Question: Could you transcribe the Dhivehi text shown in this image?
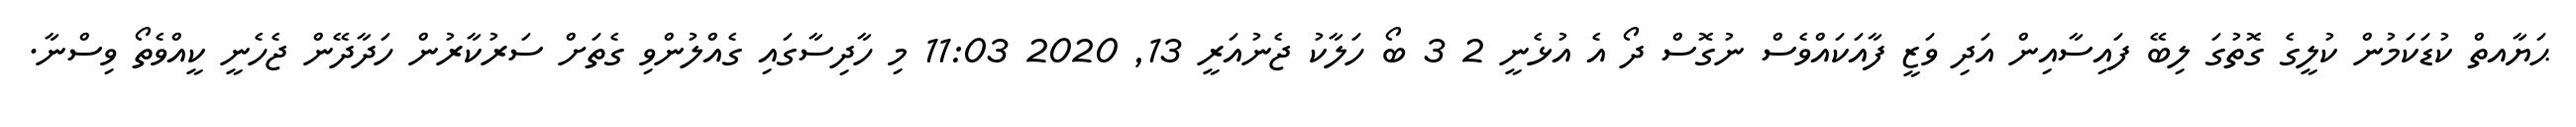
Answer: ޙަޔާއތް ކުޑަކަމުން ކުލީގެ ގޮތުގަ ލިބޭ ފައިސާއިން އަދި ވަޒީ ފާއަކައްވެސް ނުގޮސް ދޯ އެ އުޅެނީ 2 3 ބޯ ހަލާކު ޖެނުއަރީ 13, 2020 11:03 މި ހާދިސާގައި ގެއްލުންވި ގެތަށް ސަރުކާރުން ހަދާދޭން ޖެހެނީ ކީއްވެތޯ ވިސްނާ.